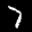
Label: 7